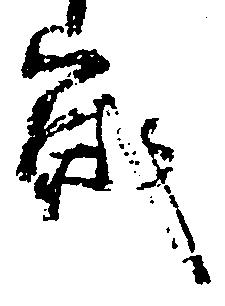
歳